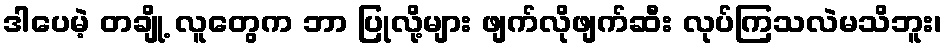
ဒါပေမဲ့ တချို့ လူတွေက ဘာ ပြုလို့များ ဖျက်လိုဖျက်ဆီး လုပ်ကြသလဲမသိဘူး၊